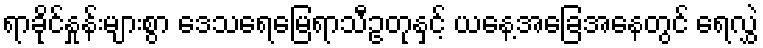
ရာခိုင်နှုန်းများစွာ ဒေသရေမြေရာသီဥတုနှင့် ယနေ့အခြေအနေတွင် ရေလွှဲ